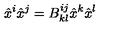
\hat { x } ^ { i } \hat { x } ^ { j } = B _ { k l } ^ { i j } \hat { x } ^ { k } \hat { x } ^ { l } \nonumber